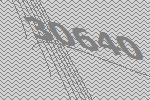
30640